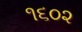
૧૬૦૨